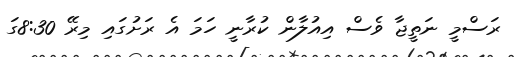
ރަސްމީ ނަތީޖާ ވެސް އިއުލާން ކުރާނީ ހަމަ އެ ރަށުގައި މިރޭ 8:30ގަ